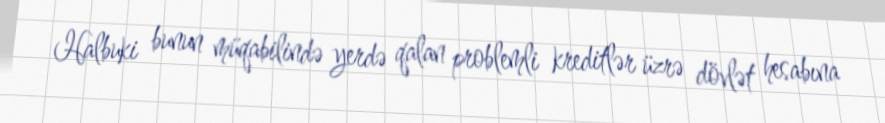
Halbuki bunun müqabilində yerdə qalan problemli kreditlər üzrə dövlət hesabına